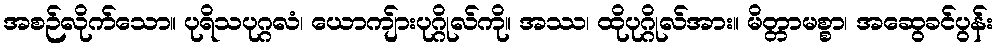
အစဉ်လိုက်သော။ ပုရိသပုဂ္ဂလံ၊ ယောကျ်ားပုဂ္ဂိုလ်ကို။ အဿ၊ ထိုပုဂ္ဂိုလ်အား။ မိတ္တာမစ္စာ၊ အဆွေခင်ပွန်း